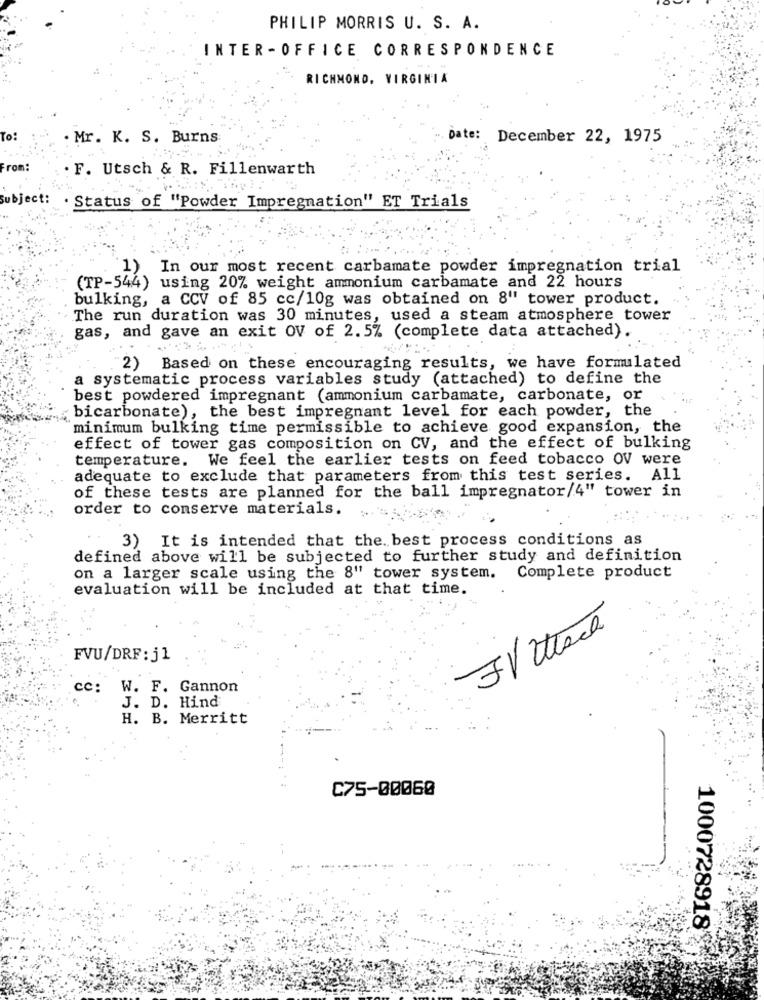
PHILIP MORRIS U. S. A.
INTER - OFFICE CORRESPONDENCE
RICHMOND, VIRGINIA
To:
Mr. K. S. Burns
Date: December 22, 1975
From:
F. Utsch & R. Fillenwarth
bject:
Status of "Powder Impregnation" ET Trials
1)
In our most recent carbamate powder impregnation trial
(TP-544) using 20% weight ammonium carbamate and 22 hours
bulking, a CCV of 85 cc/10g was obtained on 8" tower product.
The run duration was 30 minutes, used a steam atmosphere tower
gas, and gave an exit OV of 2.5% (complete data attached).
2)
Based on these encouraging results, we have formulated
a systematic process variables study (attached) to define the
best powdered impregnant (ammonium carbamate, carbonate, or
bicarbonate), the best impregnant level for each powder, the
minimum bulking time permissible to achieve good expansion, the
effect of tower gas composition on CV, and the effect of bulking
temperature.
We feel the earlier tests on feed tobacco OV were
adequate to exclude that parameters from this test series.
A11
of these tests are planned for the ball impregnator/4" tower in
order to conserve materials.
3) It is intended that the. best process conditions as
defined above will be subjected to further study and definition
on a larger scale using the 8" tower system. Complete product
evaluation will be included at that time.
FVU/DRF: j1
cc: W. F. Gannon
J. D. Hind
H. B. Merritt
C75-00060
1000728918